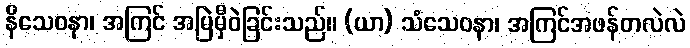
နိသေဝနာ၊ အကြင် အမြဲမှီဝဲခြင်းသည်။ (ယာ) သံသေဝနာ၊ အကြင်အဖန်တလဲလဲ